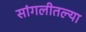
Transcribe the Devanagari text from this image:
सांगलीतल्या